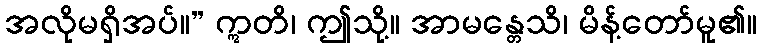
အလိုမရှိအပ်။” ဣတိ၊ ဤသို့။ အာမန္တေသိ၊ မိန့်တော်မူ၏။